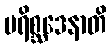
ပရိစ္ဆဒေနာတိ